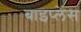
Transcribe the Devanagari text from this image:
बाइप्‍लेंस